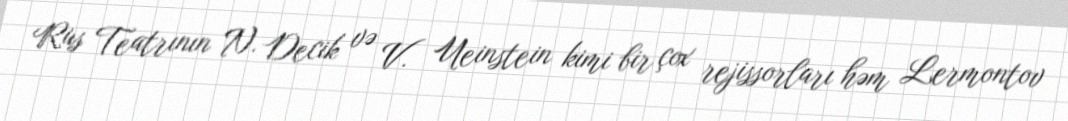
Rus Teatrının N. Decik və V. Ueinstein kimi bir çox rejissorları həm Lermontov